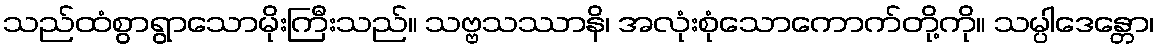
သည်ထံစွာရွာသောမိုးကြီးသည်။ သဗ္ဗသဿာနိ၊ အလုံးစုံသောကောက်တို့ကို။ သမ္ပါဒေန္တော၊